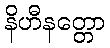
နိဟီနတ္တော